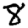
Digit: 8